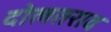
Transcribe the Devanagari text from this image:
दोलतराव